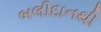
બલીદાનથી